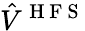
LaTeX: \hat{V}^{\mathrm{~H~F~S~}}